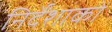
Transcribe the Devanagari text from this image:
निर्देंशाकों